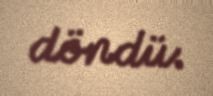
döndü.